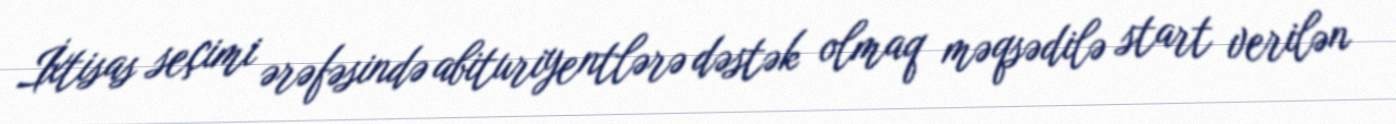
İxtisas seçimi ərəfəsində abituriyentlərə dəstək olmaq məqsədilə start verilən